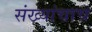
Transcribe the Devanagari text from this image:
संख्यांचाच